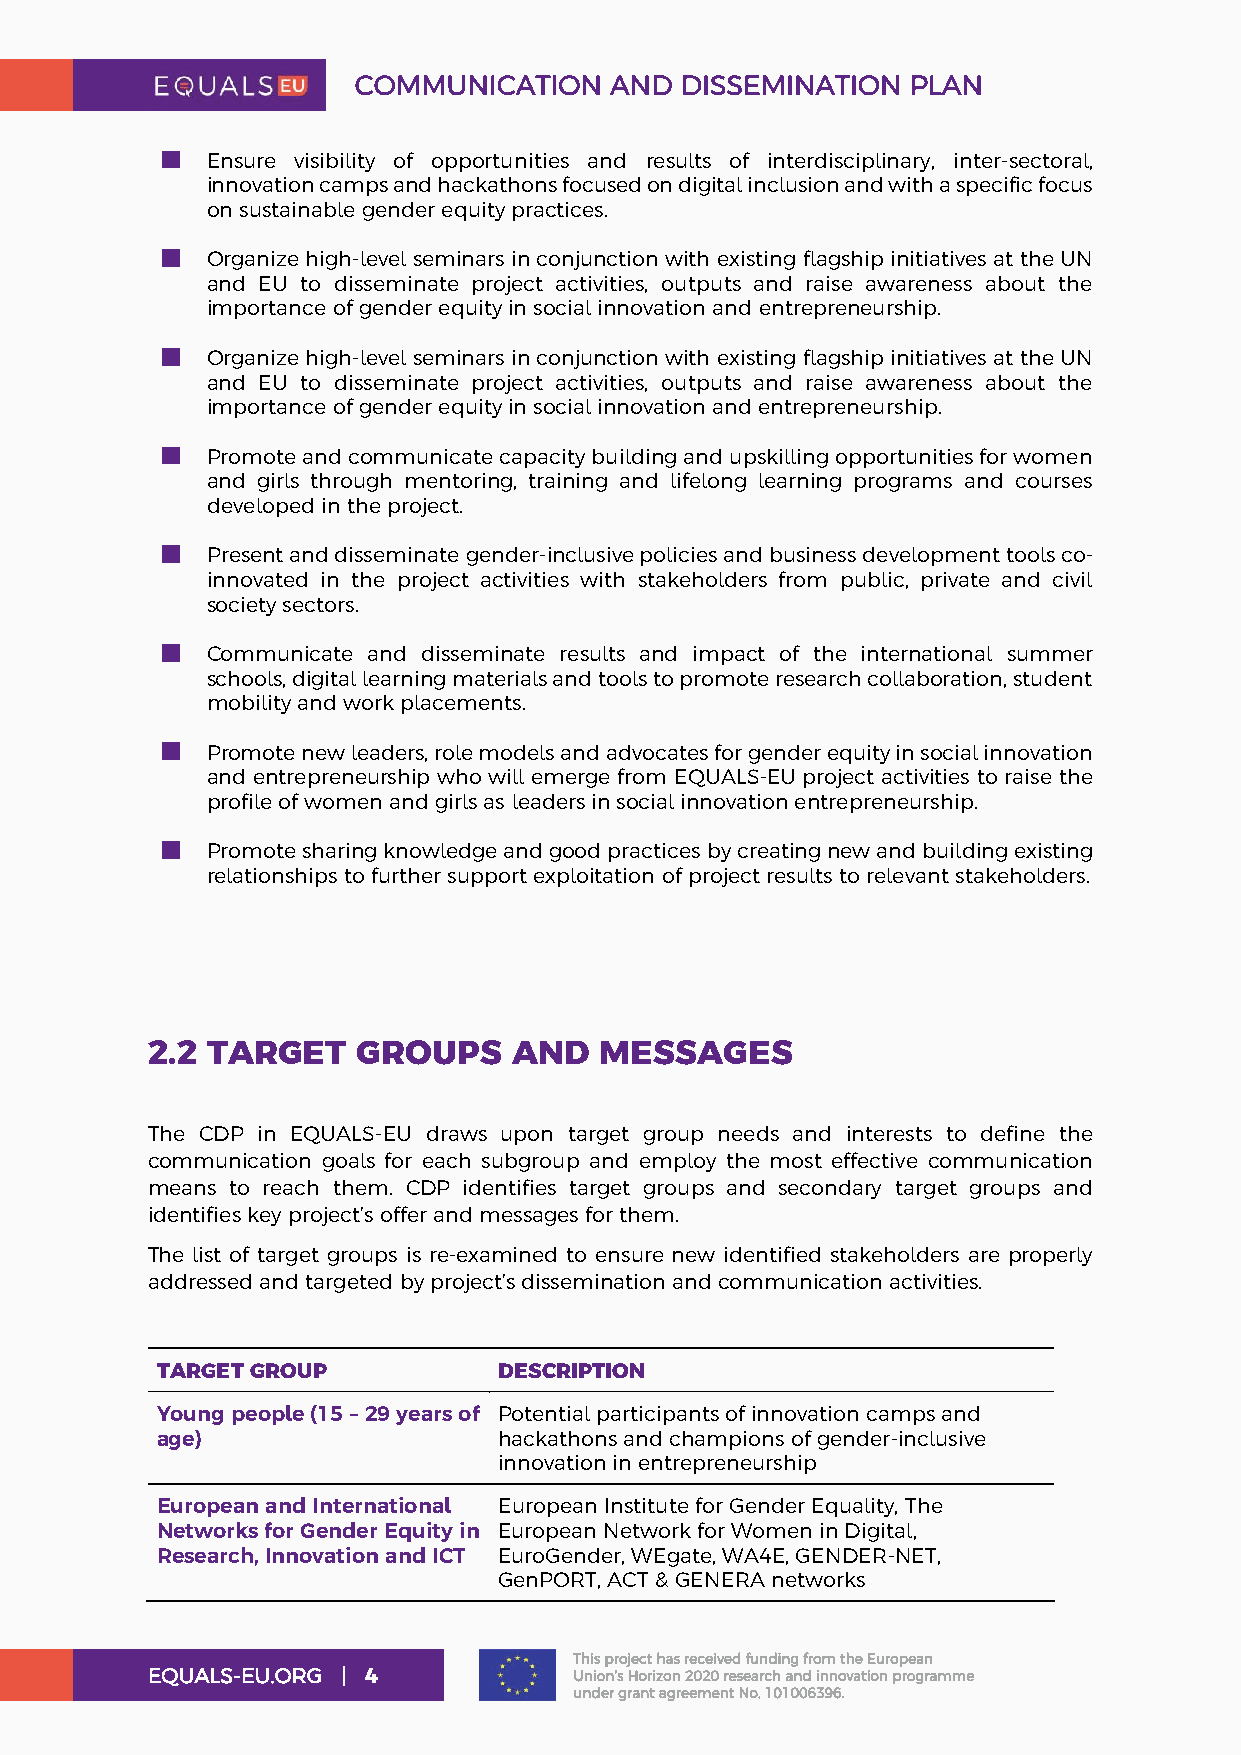
COMMUNICATION    AND  DISSEMINATION  PLAN
 Ensure visibility of opportunities and results of interdisciplinary, inter-sectoral,
 innovation camps and hackathons focused on digital inclusion and with a specific focus
 on sustainable gender equity practices.
 Organize high-level seminars in conjunction with existing flagship initiatives at the UN
 and EU to disseminate project activities, outputs and raise awareness about the
 importance of gender equity in social innovation and entrepreneurship.
 Organize high-level seminars in conjunction with existing flagship initiatives at the UN
 and EU to disseminate project activities, outputs and raise awareness about the
 importance of gender equity in social innovation and entrepreneurship.
 Promote and communicate capacity building and upskilling opportunities for women
 and girls through mentoring, training and lifelong learning programs and courses
 developed in the project.
 Present and disseminate gender-inclusive policies and business development tools co-
 innovated in the project activities with stakeholders from public, private and civil
 society sectors.
 Communicate and disseminate results and impact of the international summer
 schools, digital learning materials and tools to promote research collaboration, student
 mobility and work placements.
 Promote new leaders, role models and advocates for gender equity in social innovation
 and entrepreneurship who will emerge from EQUALS-EU project activities to raise the
 profile of women and girls as leaders in social innovation entrepreneurship.
 Promote sharing knowledge and good practices by creating new and building existing
 relationships to further support exploitation of project results to relevant stakeholders.
 2.2 TARGET    GROUPS    AND   MESSAGES
 The CDP in EQUALS-EU draws upon target group needs and interests to define the
 communication goals for each subgroup and employ the most effective communication
 means to reach them. CDP identifies target groups and secondary target groups and
 identifies key project’s offer and messages for them.
 The list of target groups is re-examined to ensure new identified stakeholders are properly
 addressed and targeted by project’s dissemination and communication activities.
 TARGET GROUP           DESCRIPTION
 Young people (15 – 29 years of Potential participants of innovation camps and
 age)                   hackathons and champions of gender-inclusive
 innovation in entrepreneurship
 European and International European Institute for Gender Equality, The
 Networks for Gender Equity in European Network for Women in Digital,
 Research, Innovation and ICT EuroGender, WEgate, WA4E, GENDER-NET,
 GenPORT, ACT & GENERA networks
 This project has received funding from the European
 EQUALS-EU.ORG | 4           Union’s Horizon 2020 research and innovation programme
 under grant agreement No. 101006396.